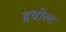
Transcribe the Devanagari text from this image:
हबोल्ट